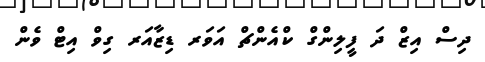
ދިސް އިޒް ދަ ފީލިންގް ކްއެންޗް އަވަރ ޑިޒާއަރ ގިވް އިޓް ވެން